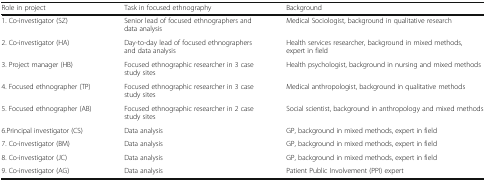
<table><thead><tr><td><b>Role in project</b></td><td><b>Task in focused ethnography</b></td><td><b>Background</b></td></tr></thead><tbody><tr><td>1. Co-investigator (SZ)</td><td>Senior lead of focused ethnographers and data analysis</td><td>Medical Sociologist, background in qualitative research</td></tr><tr><td>2. Co-investigator (HA)</td><td>Day-to-day lead of focused ethnographers and data analysis</td><td>Health services researcher, background in mixed methods, expert in field</td></tr><tr><td>3. Project manager (HB)</td><td>Focused ethnographic researcher in 3 case study sites</td><td>Health psychologist, background in nursing and mixed methods</td></tr><tr><td>4. Focused ethnographer (TP)</td><td>Focused ethnographic researcher in 3 case study sites</td><td>Medical anthropologist, background in qualitative methods</td></tr><tr><td>5. Focused ethnographer (AB)</td><td>Focused ethnographic researcher in 2 case study sites</td><td>Social scientist, background in anthropology and mixed methods</td></tr><tr><td>6.Principal investigator (CS)</td><td>Data analysis</td><td>GP, background in mixed methods, expert in field</td></tr><tr><td>7. Co-investigator (BM)</td><td>Data analysis</td><td>GP, background in mixed methods, expert in field</td></tr><tr><td>8. Co-investigator (JC)</td><td>Data analysis</td><td>GP, background in mixed methods, expert in field</td></tr><tr><td>9. Co-investigator (AG)</td><td>Data analysis</td><td>Patient Public Involvement (PPI) expert</td></tr></tbody></table>